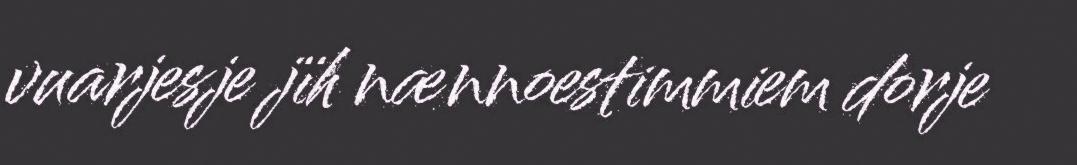
vuarjesje jïh nænnoestimmiem dorje